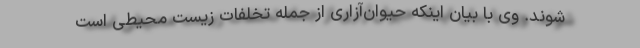
‌شوند. وی با بیان اینکه حیوان‌آزاری از جمله تخلفات زیست محیطی است